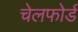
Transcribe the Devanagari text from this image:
चेलफोर्ड